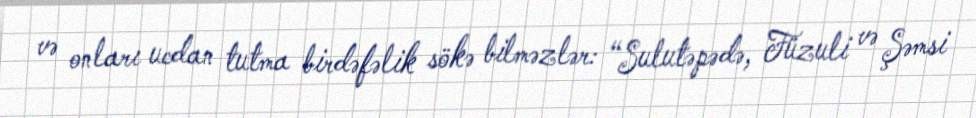
və onları ucdan tutma birdəfəlik sökə bilməzlər: “Sulutəpədə, Füzuli və Şəmsi